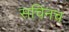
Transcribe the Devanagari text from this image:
सचिनच